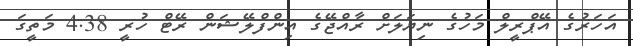
އަހަރުގެ އޭޕްރީލް މަހުގެ ނިޔަލަށް ރާއްޖޭގެ އިންފްލޭޝަން ރޭޓް ހުރީ 4.38 މަތީގަ